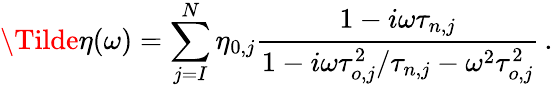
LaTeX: \Tilde{\eta}(\omega)=\sum_{j=I}^{N}\eta_{0,j}\frac{1-i\omega\tau_{n,j}}{1-i\omega\tau_{o,j}^{2}/\tau_{n,j}-\omega^{2}\tau_{o,j}^{2}}\, .